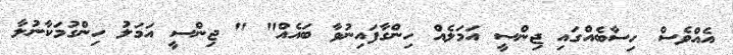
އެއްވެސް ހިސާބެއްގައި ޖިންސީ އަމަލެއް ހިންގާފައިނުވާ ބައެއް" " ޖިންސީ އަމަލު ހިންގުމަކާނުލާ